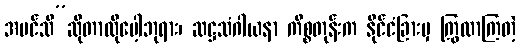
အပင်သိ”ဆိုတာလိုပေါ့ဘုရား၊ ဆဋ္ဌသံဂါယနာ ကိစ္စတုန်းက နိုင်ငံခြားမှ ကြွလာကြတဲ့